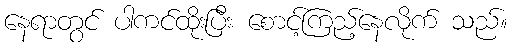
နေရာတွင် ပါကင်ထိုးပြီး စောင့်ကြည့်နေလိုက် သည်။